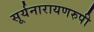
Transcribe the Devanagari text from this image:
सूर्यनारायणरुपी